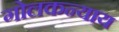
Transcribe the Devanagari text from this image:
गोलकन्याय